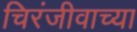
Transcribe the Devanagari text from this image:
चिरंजीवाच्या